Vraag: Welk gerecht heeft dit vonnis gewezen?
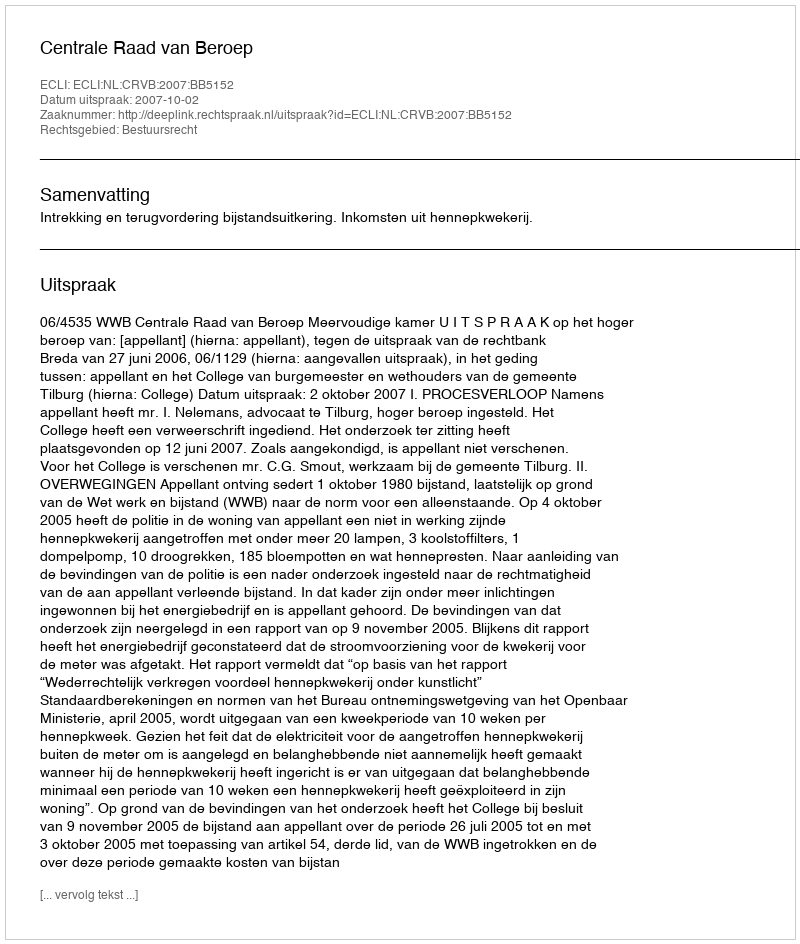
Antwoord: Centrale Raad van Beroep